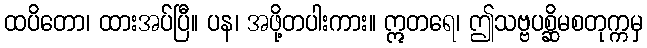
ထပိတော၊ ထားအပ်ပြီ။ ပန၊ အဖို့တပါးကား။ ဣတရေ၊ ဤသဗ္ဗပစ္ဆိမစတုက္ကမှ